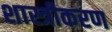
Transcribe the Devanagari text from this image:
शास्त्रीकरण